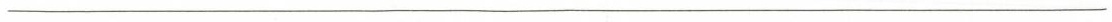
___